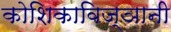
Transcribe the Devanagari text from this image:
कोशिकाविज्ञानी